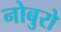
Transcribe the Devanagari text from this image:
नोबुरो